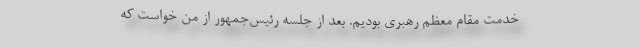
خدمت مقام معظم رهبری بودیم. بعد از جلسه رئیس‌جمهور از من خواست که